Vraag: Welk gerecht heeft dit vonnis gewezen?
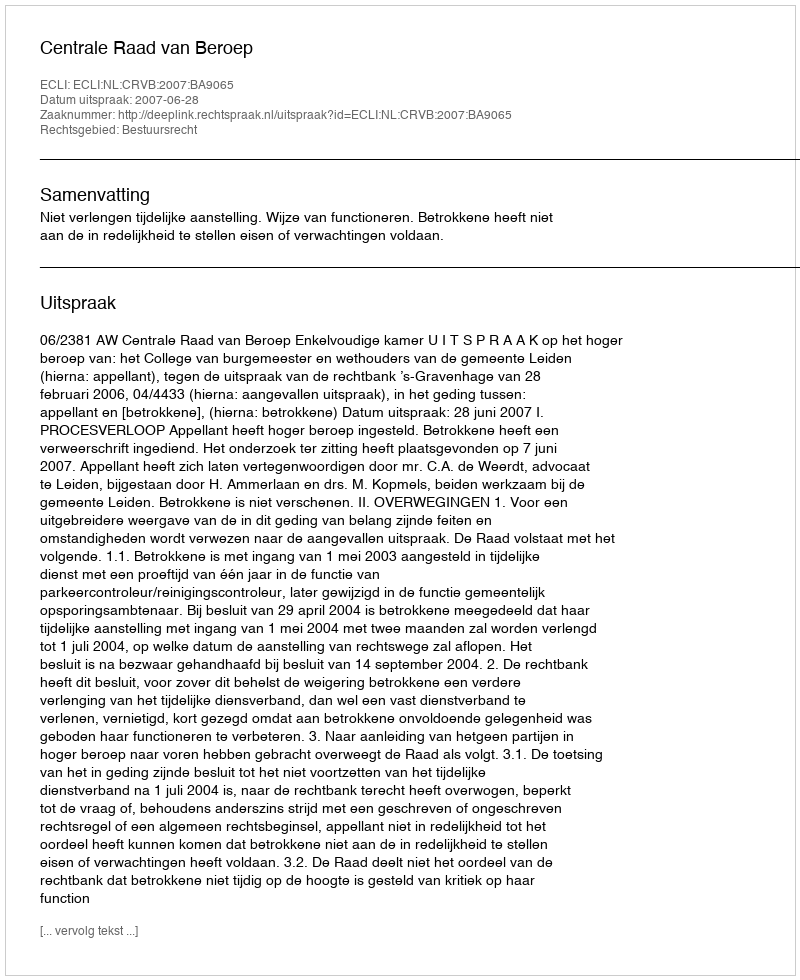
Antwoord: Centrale Raad van Beroep